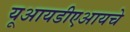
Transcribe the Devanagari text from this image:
यूआयडीएआयचे